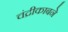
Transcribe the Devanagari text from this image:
चंद्रीकाबने